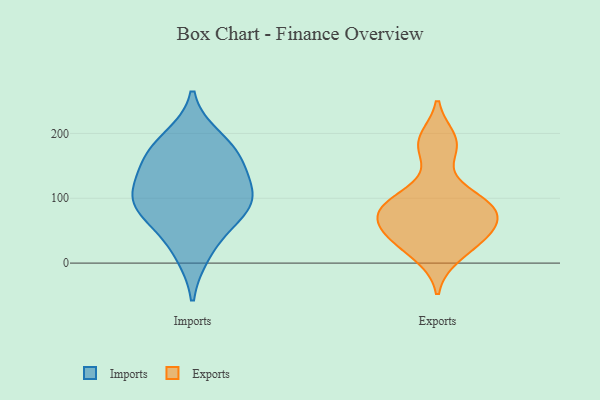
{"axis": {"x": "Conversion Rate (%)", "y": "Value"}, "legend": ["Exports", "Imports"], "data": [{"x": "", "y": 109, "type": "Imports"}, {"x": "", "y": 141, "type": "Imports"}, {"x": "", "y": 192, "type": "Imports"}, {"x": "", "y": 15, "type": "Imports"}, {"x": "", "y": 168, "type": "Imports"}, {"x": "", "y": 93, "type": "Imports"}, {"x": "", "y": 99, "type": "Imports"}, {"x": "", "y": 165, "type": "Imports"}, {"x": "", "y": 86, "type": "Imports"}, {"x": "", "y": 60, "type": "Imports"}, {"x": "", "y": 75, "type": "Exports"}, {"x": "", "y": 44, "type": "Exports"}, {"x": "", "y": 45, "type": "Exports"}, {"x": "", "y": 81, "type": "Exports"}, {"x": "", "y": 83, "type": "Exports"}, {"x": "", "y": 40, "type": "Exports"}, {"x": "", "y": 88, "type": "Exports"}, {"x": "", "y": 192, "type": "Exports"}, {"x": "", "y": 10, "type": "Exports"}, {"x": "", "y": 109, "type": "Exports"}, {"x": "", "y": 176, "type": "Exports"}]}